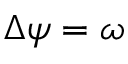
\Delta \psi = \omega